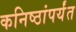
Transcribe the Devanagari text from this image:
कनिष्ठांपर्यंत